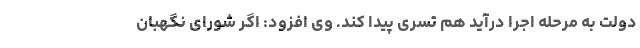
دولت به مرحله اجرا درآید هم تسری پیدا کند. وی افزود: اگر شورای نگهبان